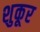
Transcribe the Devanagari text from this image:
शुकूर